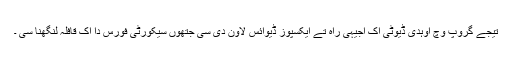
تیجے گروپ وچ اوہدی ڈیوٹی اک اجیہی راہ تے ایکسپوز ڈیوائس لاون دی سی جتھوں سیکورٹی فورس دا اک قافلہ لنگھنا سی ۔